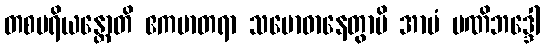
တစပရိယန္တောတိ ဧကမာတရာ သမောဓာနေတွာပိ အာမံ မဏိဘဒ္ဒေါ